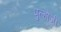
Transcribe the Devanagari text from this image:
पुल्होजी